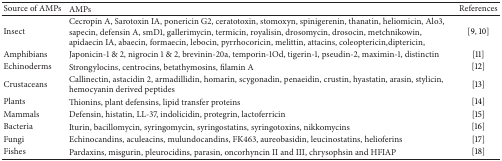
<table><thead><tr><td><b>Source of AMPs</b></td><td><b>AMPs</b></td><td><b>References</b></td></tr></thead><tbody><tr><td>Insect</td><td>Cecropin A, Sarotoxin IA, ponericin G2, ceratotoxin, stomoxyn, spinigerenin, thanatin, heliomicin, Alo3, sapecin, defensin A, smD1, gallerimycin, termicin, royalisin, drosomycin, drosocin, metchnikowin, apidaecin IA, abaecin, formaecin, lebocin, pyrrhocoricin, melittin, attacins, coleoptericin,diptericin, </td><td>[9, 10]</td></tr><tr><td>Amphibians</td><td>Japonicin-1 &amp; 2, nigrocin 1 &amp; 2, brevinin-20a, temporin-1Od, tigerin-1, pseudin-2, maximin-1, distinctin </td><td>[11] </td></tr><tr><td>Echinoderms</td><td>Strongylocins, centrocins, betathymosins, filamin A</td><td>[12]</td></tr><tr><td>Crustaceans</td><td>Callinectin, astacidin 2, armadillidin, homarin, scygonadin, penaeidin, crustin, hyastatin, arasin, stylicin, hemocyanin derived peptides</td><td>[13]</td></tr><tr><td>Plants</td><td>Thionins, plant defensins, lipid transfer proteins</td><td>[14]</td></tr><tr><td>Mammals</td><td>Defensin, histatin, LL-37, indolicidin, protegrin, lactoferricin</td><td>[15]</td></tr><tr><td>Bacteria</td><td>Iturin, bacillomycin, syringomycin, syringostatins, syringotoxins, nikkomycins</td><td>[16]</td></tr><tr><td>Fungi</td><td>Echinocandins, aculeacins, mulundocandins, FK463, aureobasidin, leucinostatins, helioferins</td><td>[17]</td></tr><tr><td>Fishes</td><td>Pardaxins, misgurin, pleurocidins, parasin, oncorhyncin II and III, chrysophsin and HFIAP</td><td>[18]</td></tr></tbody></table>